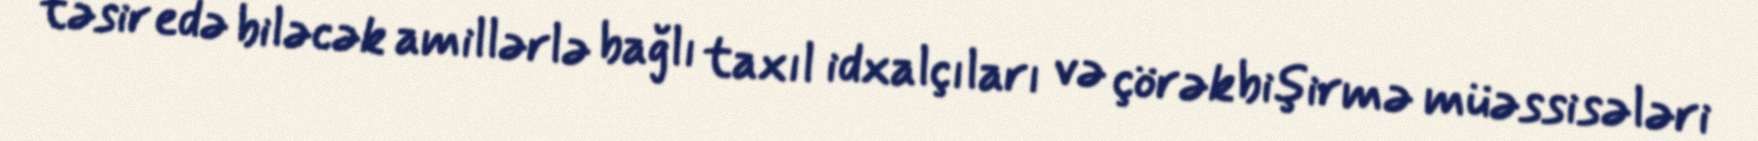
təsir edə biləcək amillərlə bağlı taxıl idxalçıları və çörəkbişirmə müəssisələri